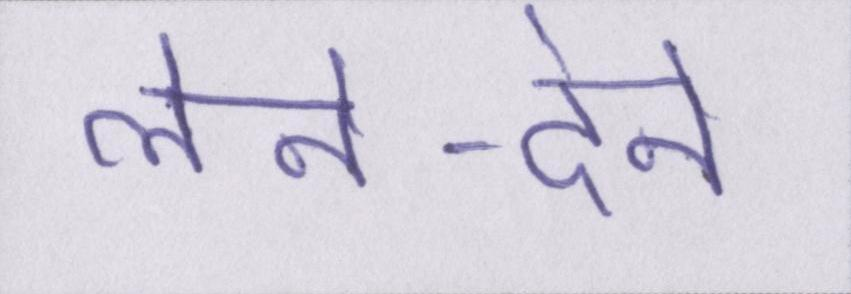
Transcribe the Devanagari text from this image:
लेने-देने